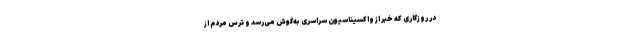
در روزگاری که خبر از واکسیناسیون سراسری به‌گوش می‌رسد و ترس مردم از